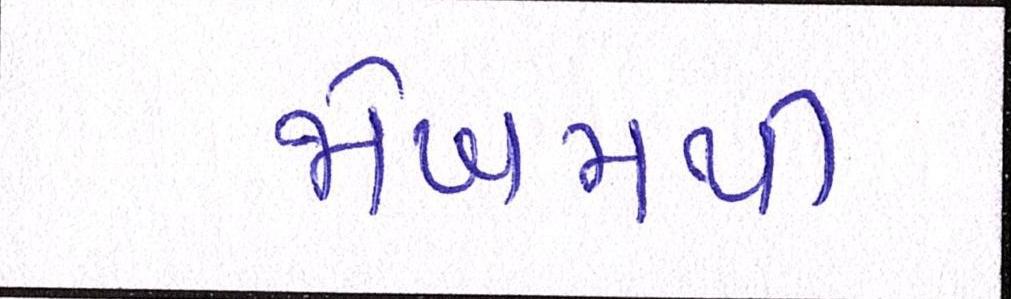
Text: જોખમથી